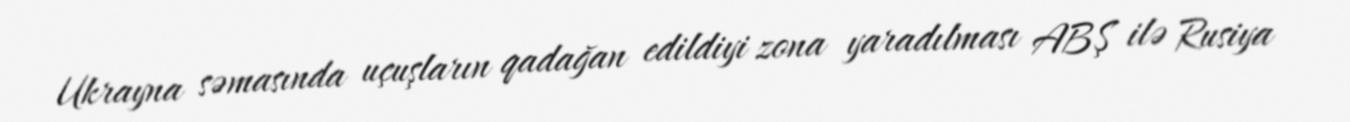
Ukrayna səmasında uçuşların qadağan edildiyi zona yaradılması ABŞ ilə Rusiya